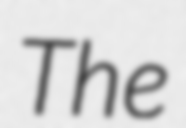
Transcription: The